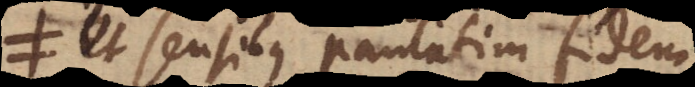
et sensibus paulatim fidem